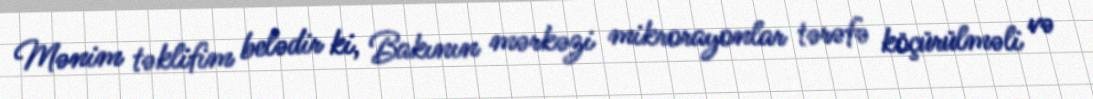
Mənim təklifim belədir ki, Bakının mərkəzi mikrorayonlar tərəfə köçürülməli və